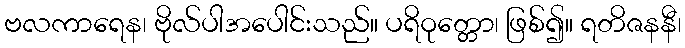
ဗလကာရေန၊ ဗိုလ်ပါအပေါင်းသည်။ ပရိဝုတ္တော၊ ဖြစ်၍။ ရတိဇနနီ၊